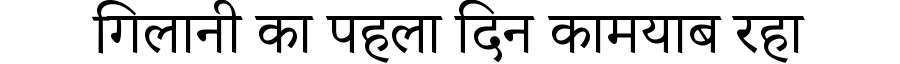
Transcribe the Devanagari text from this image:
गिलानी का पहला दिन कामयाब रहा